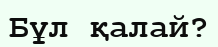
Бұл қалай?